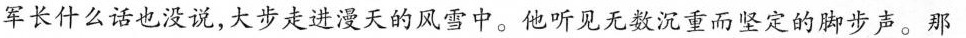
军长什么话也没说，大步走进漫天的风雪中。他听见无数沉重而坚定的脚步声。那